Rangoon Lunatic Asylum 1893-1897 - 1893-1897
Year: 1893
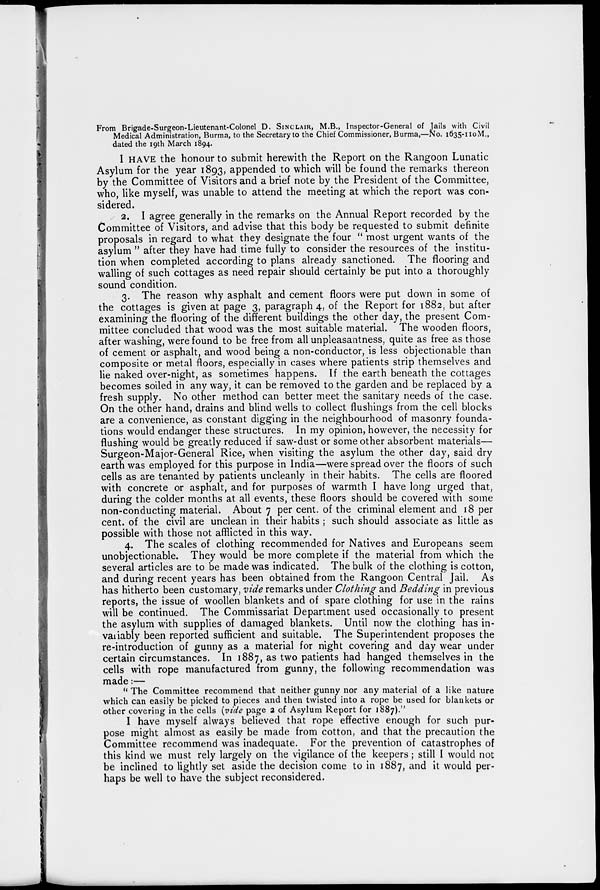
From Brigade-Surgeon-Lieutenant-Colonel D. SINCLAIR, M.B., Inspector-General of Jails with Civil
Medical Administration, Burma, to the Secretary to the Chief Commissioner, Burma,—No. 1635-110M.,
dated the 19th March 1894.
I HAVE the honour to submit herewith the Report on the Rangoon Lunatic
Asylum for the year 1893, appended to which will be found the remarks thereon
by the Committee of Visitors and a brief note by the President of the Committee,
who, like myself, was unable to attend the meeting at which the report was con-
sidered.
2. I agree generally in the remarks on the Annual Report recorded by the
Committee of Visitors, and advise that this body be requested to submit definite
proposals in regard to what they designate the four " most urgent wants of the
asylum " after they have had time fully to consider the resources of the institu-
tion when completed according to plans already sanctioned. The flooring and
walling of such cottages as need repair should certainly be put into a thoroughly
sound condition.
3. The reason why asphalt and cement floors were put down in some of
the cottages is given at page 3, paragraph 4, of the Report for 1882, but after
examining the flooring of the different buildings the other day, the present Com-
mittee concluded that wood was the most suitable material. The wooden floors,
after washing, were found to be free from all unpleasantness, quite as free as those
of cement or asphalt, and wood being a non-conductor, is less objectionable than
composite or metal floors, especially in cases where patients strip themselves and
lie naked over-night, as sometimes happens. If the earth beneath the cottages
becomes soiled in any way, it can be removed to the garden and be replaced by a
fresh supply. No other method can better meet the sanitary needs of the case.
On the other hand, drains and blind wells to collect flushings from the cell blocks
are a convenience, as constant digging in the neighbourhood of masonry founda-
tions would endanger these structures. In my opinion, however, the necessity for
flushing would be greatly reduced if saw-dust or some other absorbent materials—
Surgeon-Major-General Rice, when visiting the asylum the other day, said dry
earth was employed for this purpose in India—were spread over the floors of such
cells as are tenanted by patients uncleanly in their habits. The cells are floored
with concrete or asphalt, and for purposes of warmth I have long urged that,
during the colder months at all events, these floors should be covered with some
non-conducting material. About 7 per cent. of the criminal element and 18 per
cent. of the civil are unclean in their habits ; such should associate as little as
possible with those not afflicted in this way.
4. The scales of clothing recommended for Natives and Europeans seem
unobjectionable. They would be more complete if the material from which the
several articles are to be made was indicated. The bulk of the clothing is cotton,
and during recent years has been obtained from the Rangoon Central Jail. As
has hitherto been customary, vide remarks under Clothing and Bedding in previous
reports, the issue of woollen blankets and of spare clothing for use in the rains
will be continued. The Commissariat Department used occasionally to present
the asylum with supplies of damaged blankets. Until now the clothing has in-
variably been reported sufficient and suitable. The Superintendent proposes the
re-introduction of gunny as a material for night covering and day wear under
certain circumstances. In 1887, as two patients had hanged themselves in the
cells with rope manufactured from gunny, the following recommendation was
made:—
" The Committee recommend that neither gunny nor any material of a like nature
which can easily be picked to pieces and then twisted into a rope be used for blankets or
other covering in the cells (vide page 2 of Asylum Report for 1887)."
I have myself always believed that rope effective enough for such pur-
pose might almost as easily be made from cotton, and that the precaution the
Committee recommend was inadequate. For the prevention of catastrophes of
this kind we must rely largely on the vigilance of the keepers; still I would not
be inclined to lightly set aside the decision come to in 1887, and it would per-
haps be well to have the subject reconsidered.